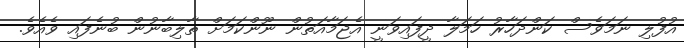
އުފުލި ނަމަވެސް ކަންދަހާރު ހަމަލާ ދީފައިވަނީ އެޖަމާއަތުން ނޫންކަމަށް ތާލިބާނުން ބުނެފައި ވެއެވެ.